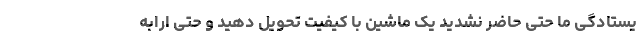
یستادگی ما حتی حاضر نشدید یک ماشین با کیفیت تحویل دهید و حتی ارابه